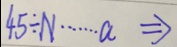
4 5 \div N \cdots a \Rightarrow